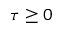
\tau \geq 0